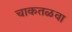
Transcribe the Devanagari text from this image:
चाकतळवा